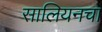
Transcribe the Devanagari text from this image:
सालियनचा